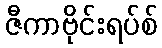
ဇီကာဗိုင်းရပ်စ်